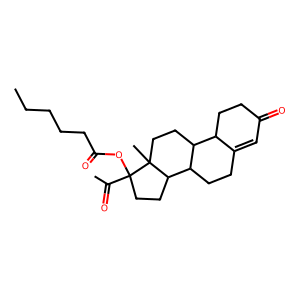
SMILES: CCCCCC(=O)OC1(C(C)=O)CCC2C3CCC4=CC(=O)CCC4C3CCC21C
Inhibits HIV replication: No